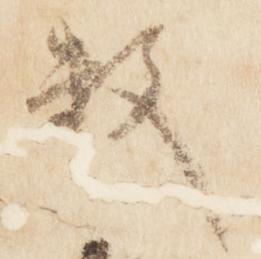
数